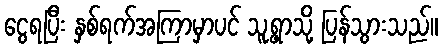
ငွေရပြီး နှစ်ရက်အကြာမှာပင် သူ့ရွာသို့ ပြန်သွားသည်။